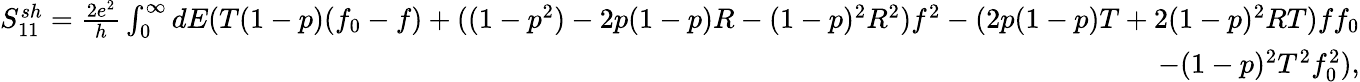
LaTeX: \begin{array}{r}{{S_{11}^{sh}}=\frac{2e^{2}}{h}\int_{0}^{\infty}dE(T(1-p)(f_{0}-f)+((1-p^{2})-2p(1-p)R-(1-p)^{2}R^{2})f^{2}-(2p(1-p)T+2(1-p)^{2}RT)ff_{0}}\\ {-(1-p)^{2}T^{2}f_{0}^{2}),}\end{array}